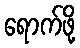
ရောက်ဖို့